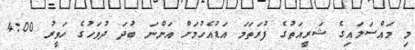
މި މައްސަލައިގެ ޝަރީއަތުގެ ފުރަތަމަ އަޑުއެހުމަށް އަންނަ ބުދަ ދުވަހުގެ ހަވީރު 4:00